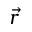
\vec { r }